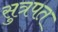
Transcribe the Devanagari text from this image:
सुत्रपत